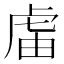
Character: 𧆭